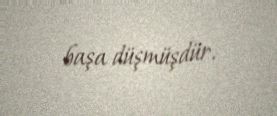
başa düşmüşdür.